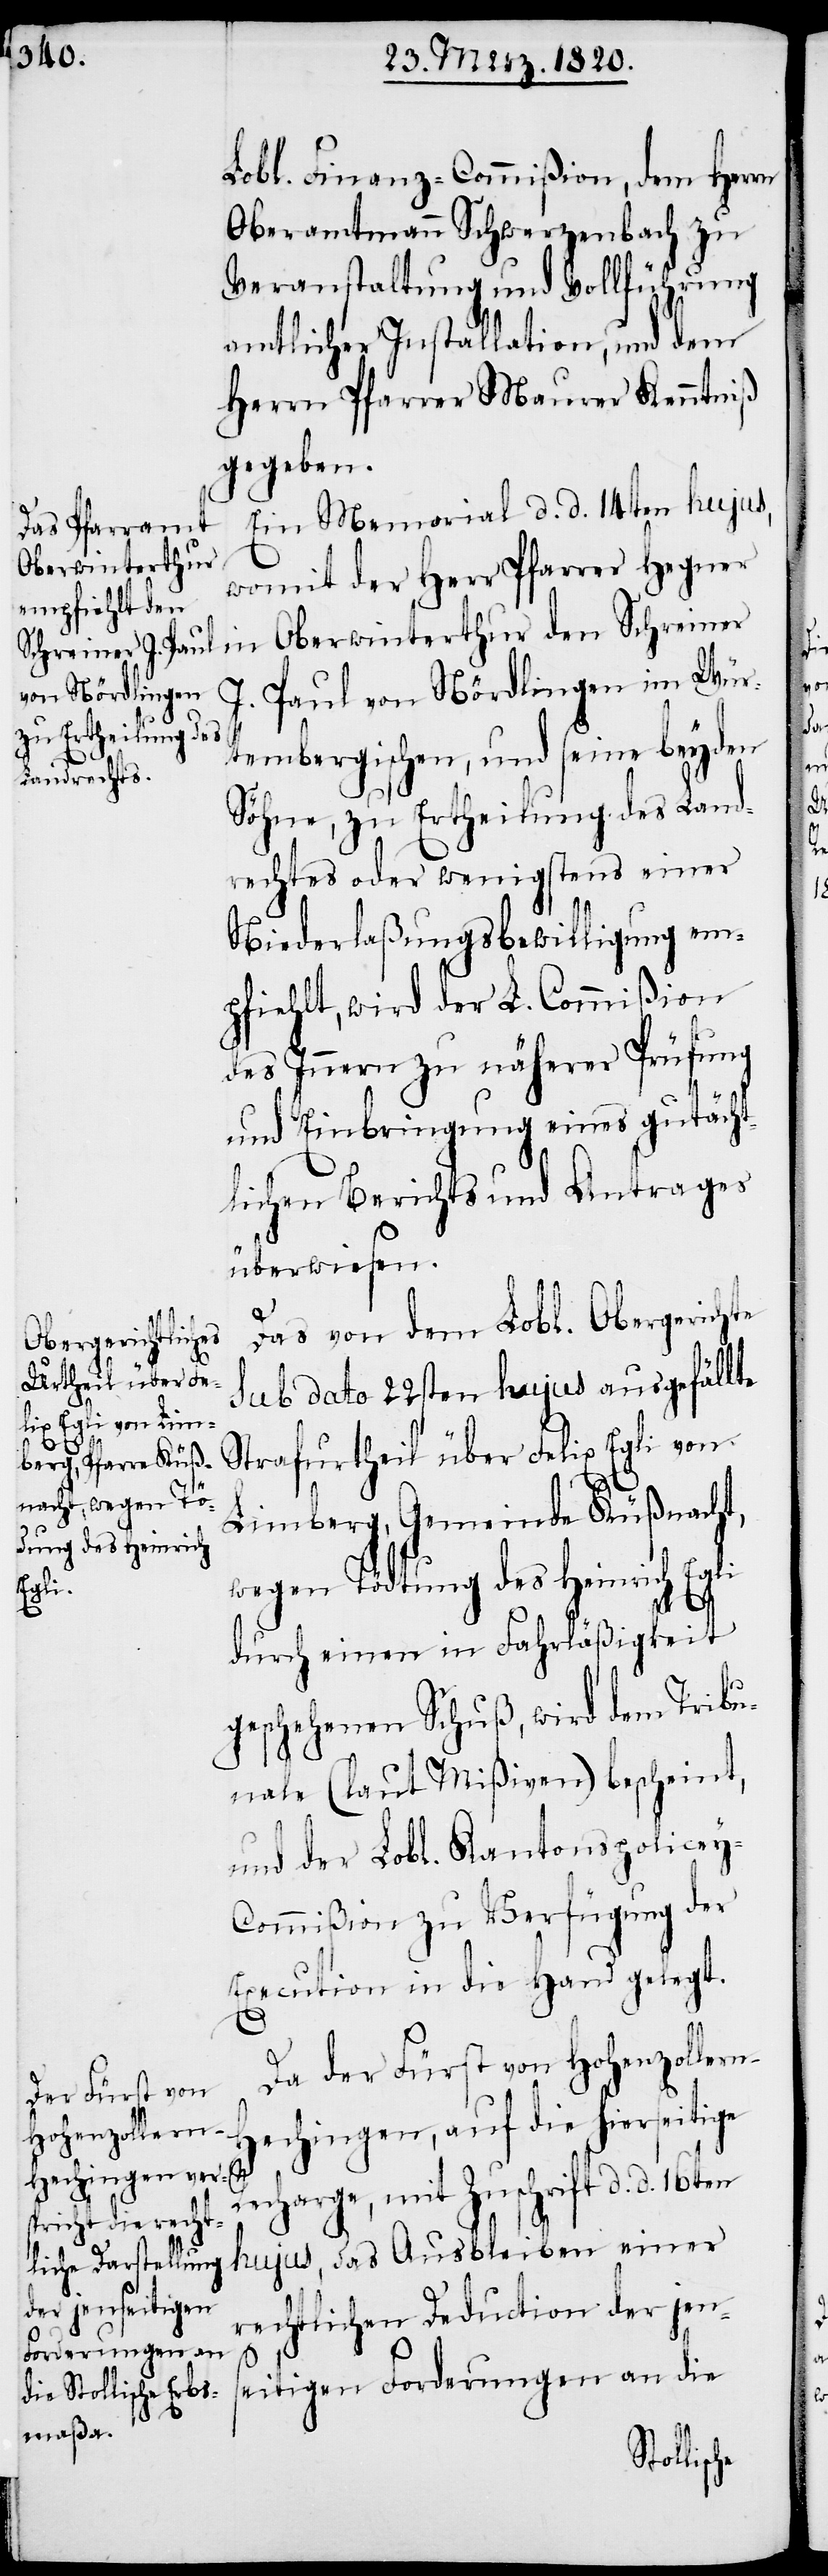
Oberwinterthur
rn-H¬

Lobl. Finanz-Commißion, dem Herrn
Oberamtmann Schwerzenbach zu
Veranstaltung und Vollführung
amtlicher Installation, und dem
Herrn Pfarrer Maurer Kenntniß
gegeben.
Ein Memorial d. d. 14ten hujus,
womit der Herr Pfarrer Hegner
J. Paul von Nördlingen im Wür¬
tembergischen, und seine beyden
Söhne, zu Ertheilung des Land¬
rechtes oder wenigstens einer
Niederlaßungsbewilligung em¬
pfiehlt, wird der L. Commißion
des Innern zu näherer Prüfung
und Einbringung eines gutächt¬
lichen Berichts und Antrages
überwiesen.
Das von dem Lobl. Oberberichte
sub dato 22sten hujus ausgefällte
Strafurtheil über Felix Egli von
Limberg, Gemeinde Küßnacht,
wegen Tödtung des Heinrich Egli
durch einen in Fahrläßigkeit
geschehenen Schuß, wird dem Tribu¬
nale (laut Mißiven) bescheint,
und der Lobl. Kantonspolicey-C¬
ommißion zu Verfügung der
Execution in die Hand gelegt.
Da der Fürst von Hohenzolle¬
echingen, auf die hierseitige
Recharge, mit Zuschrift d. d.
hujus, das Ausbleiben einer
rechtlichen Deduction der jens¬
eitigen Forderungen an die